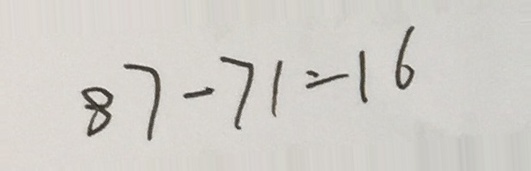
8 7 - 7 1 = 1 6